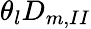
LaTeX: \theta_{l}D_{m,II}